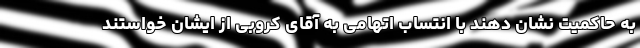
به حاکمیت نشان دهند با انتساب اتهامی به آقای کروبی از ایشان خواستند